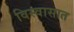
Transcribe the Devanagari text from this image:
विस्वासात